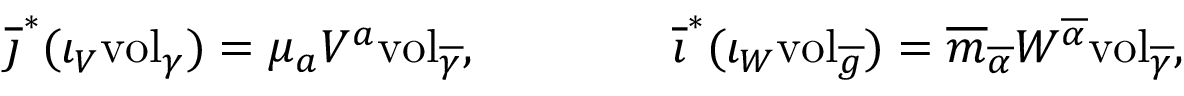
\begin{array} { r } { \overline { { \jmath } } ^ { * } ( \iota _ { V } \mathrm { v o l } _ { \gamma } ) = \mu _ { a } V ^ { a } \mathrm { v o l } _ { \overline { { \gamma } } } , \quad \quad \quad \quad \overline { { \imath } } ^ { * } ( \iota _ { W } \mathrm { v o l } _ { \overline { { g } } } ) = \overline { { m } } _ { \overline { { \alpha } } } W ^ { \overline { { \alpha } } } \mathrm { v o l } _ { \overline { { \gamma } } } , } \end{array}